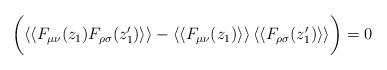
LaTeX: \begin{align*}\bigg( \langle\langle F_{\mu\nu}(z_1) F_{\rho\sigma}(z_1')\rangle\rangle - \langle\langle F_{\mu\nu}(z_1) \rangle\rangle \,\langle\langle F_{\rho\sigma}(z_1') \rangle\rangle \bigg)=0\end{align*}